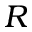
\boldsymbol { R }